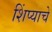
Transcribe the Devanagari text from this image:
शिंप्याचे